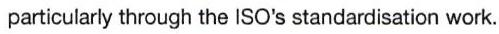
 particularly through the ISO's standardisation work.